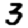
Digit: 3